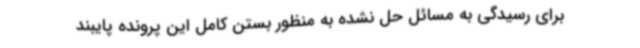
برای رسیدگی به مسائل حل نشده به منظور بستن کامل این پرونده پایبند